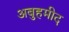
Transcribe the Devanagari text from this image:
अबुहमीद